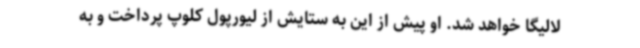
لالیگا خواهد شد. او پیش از این به ستایش از لیورپول کلوپ پرداخت و به